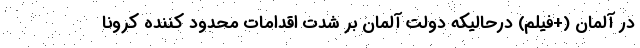
در آلمان (+فیلم) درحالیکه دولت آلمان بر شدت اقدامات محدود کننده کرونا